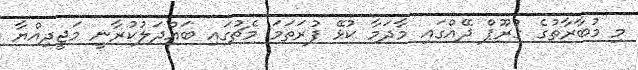
މި މުބާރާތުގެ ގުރޫޕް ދޭއްގައި މާދަމާ ކުޅޭ ފުރަތަމަ މެޗުގައި ބައްދަލުކުރާނީ މަޖީދިއްޔާ